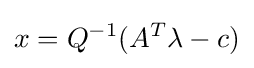
x=Q^{-1}(A^{T}{\lambda }-c)